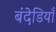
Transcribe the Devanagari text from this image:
बंदेडियाँ